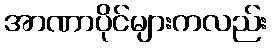
အာဏာပိုင်များကလည်း